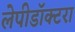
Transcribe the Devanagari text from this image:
लेपीडॉक्टरा